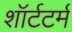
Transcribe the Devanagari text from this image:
शॉर्टटर्म